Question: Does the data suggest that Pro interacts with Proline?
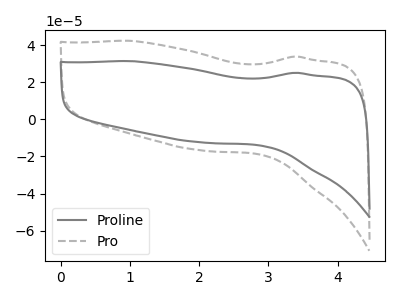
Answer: <think>The gray curve "Proline" has no peaks. The gray dashed curve "Pro" has no peaks.
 Neither "Pro" or "Proline" have any peaks.</think>
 <answer>No, "Pro" and "Proline" don't appear to be significantly different in shape</answer>
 <eval>no_change</eval>